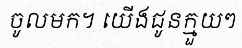
ចូលមក។ យើងជូនក្មួយៗ